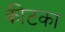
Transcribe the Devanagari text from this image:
कीटका